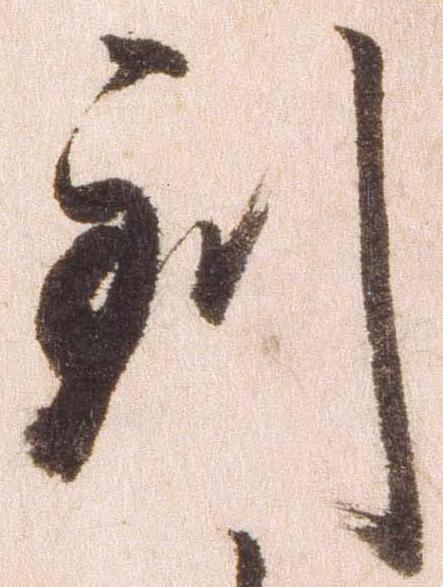
到